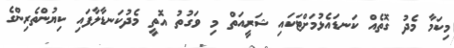
މިކަމާ މެދު ގޮތެއް ކަނޑައެޅުމަށްޓަކައި ޝަރީއަތް މި ވަގުތު އޮތީ މެދުކަނޑާލާފައި ކިޔުންތެރިންގެ